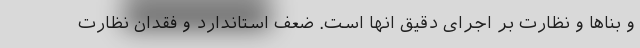
و بناها و نظارت بر اجرای دقیق انها است. ضعف استاندارد و فقدان نظارت